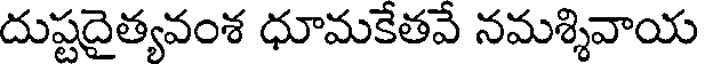
దుష్టదైత్యవంశ ధూమకేతవే నమశ్శివాయ